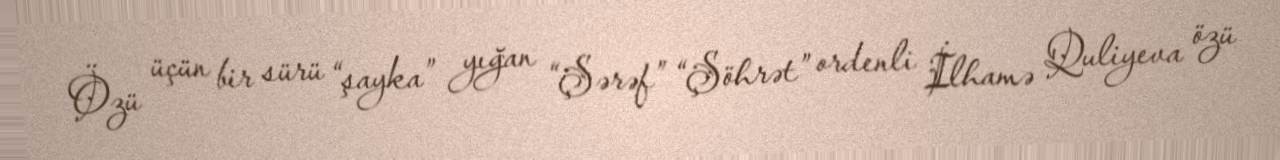
Özü üçün bir sürü “şayka” yığan “Şərəf” “Şöhrət” ordenli İlhamə Quliyeva özü